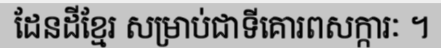
ដែនដីខ្មែរ សម្រាប់ជាទីគោរពសក្ការៈ ។